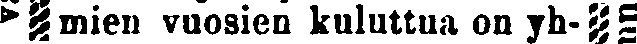
mien vuosien kuluttua on yh-#